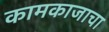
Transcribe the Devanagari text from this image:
कामकाजाचा